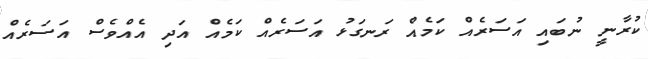
ކުރާނީ ނުބައި އަސަރެއް ކަމެއް ރަނގަޅު އަސަރެއް ކަމެއް އަދި އެއްވެސް އަސަރެއް